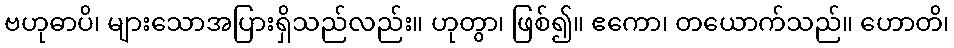
ဗဟုဓာပိ၊ များသောအပြားရှိသည်လည်း။ ဟုတွာ၊ ဖြစ်၍။ ဧကော၊ တယောက်သည်။ ဟောတိ၊